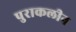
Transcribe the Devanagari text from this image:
पुराकलीन